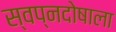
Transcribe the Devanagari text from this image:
स्वप्नदोषाला